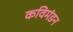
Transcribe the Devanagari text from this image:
कविमंडन